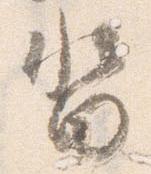
沓